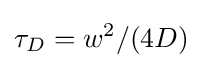
\tau _{D}=w^{2}/(4D)